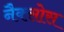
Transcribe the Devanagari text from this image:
नैक्सोस